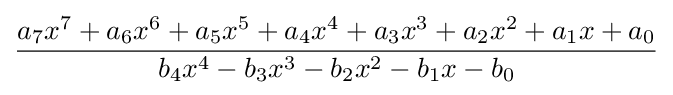
{\dfrac {a_{7}x^{7}+a_{6}x^{6}+a_{5}x^{5}+a_{4}x^{4}+a_{3}x^{3}+a_{2}x^{2}+a_{1}x+a_{0}}{b_{4}x^{4}-b_{3}x^{3}-b_{2}x^{2}-b_{1}x-b_{0}}}